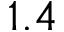
1 . 4